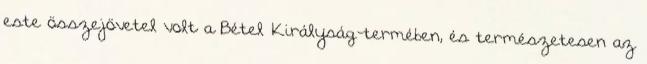
este összejövetel volt a Bétel Királyság-termében, és természetesen az